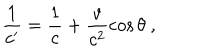
\frac { 1 } { c ^ { \prime } } = \frac { 1 } { c } + \frac { v } { c ^ { 2 } } \cos { \theta } ~ ,